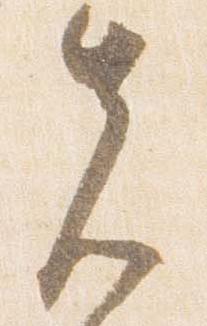
先